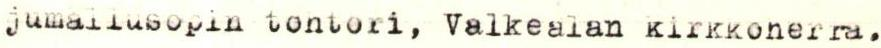
jumallusopin tohtori, Valkealan kirkkoherra.